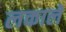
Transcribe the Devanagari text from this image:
लकाले